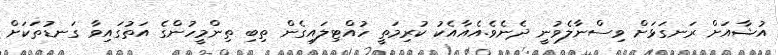
އުޝާއަށް ރަނގަޅަށް ވިސްނާލެވުނީ ދެނެވެ.އެއާއެކު ކުރިމަތީ ހުއްޓިލައިގެން ތިބި ތިންމީހުންގެ އަތުގައިވާ ގަނޑުތަކަށް